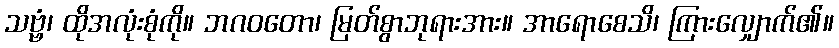
သဗ္ဗံ၊ ထိုအလုံးစုံကို။ ဘဂဝတော၊ မြတ်စွာဘုရားအား။ အာရောစေသိ၊ ကြားလျှောက်၏။